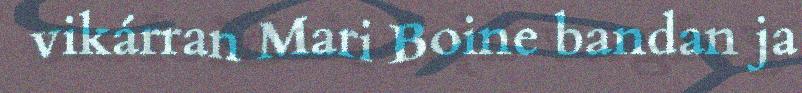
vikárran Mari Boine bandan ja